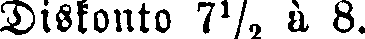
Diskonto 7½ à 8.